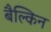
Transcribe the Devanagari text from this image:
बैल्किन